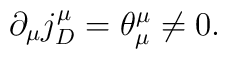
\partial_\mu j_D^\mu = \theta^\mu_\mu \neq 0.